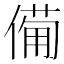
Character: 僃